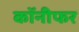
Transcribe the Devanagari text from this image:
कॉनीफर